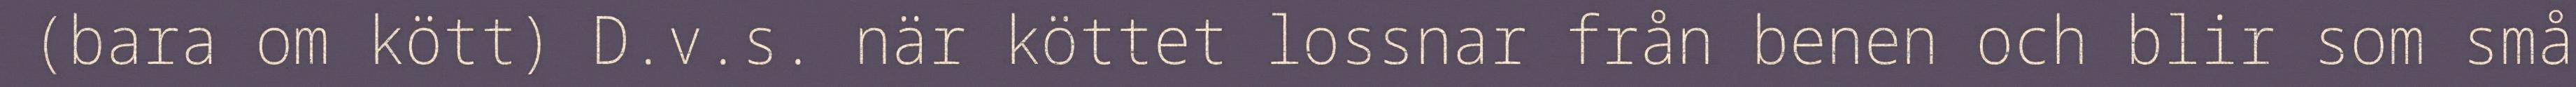
(bara om kött) D.v.s. när köttet lossnar från benen och blir som små